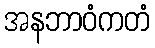
အနဘာဝံကတံ